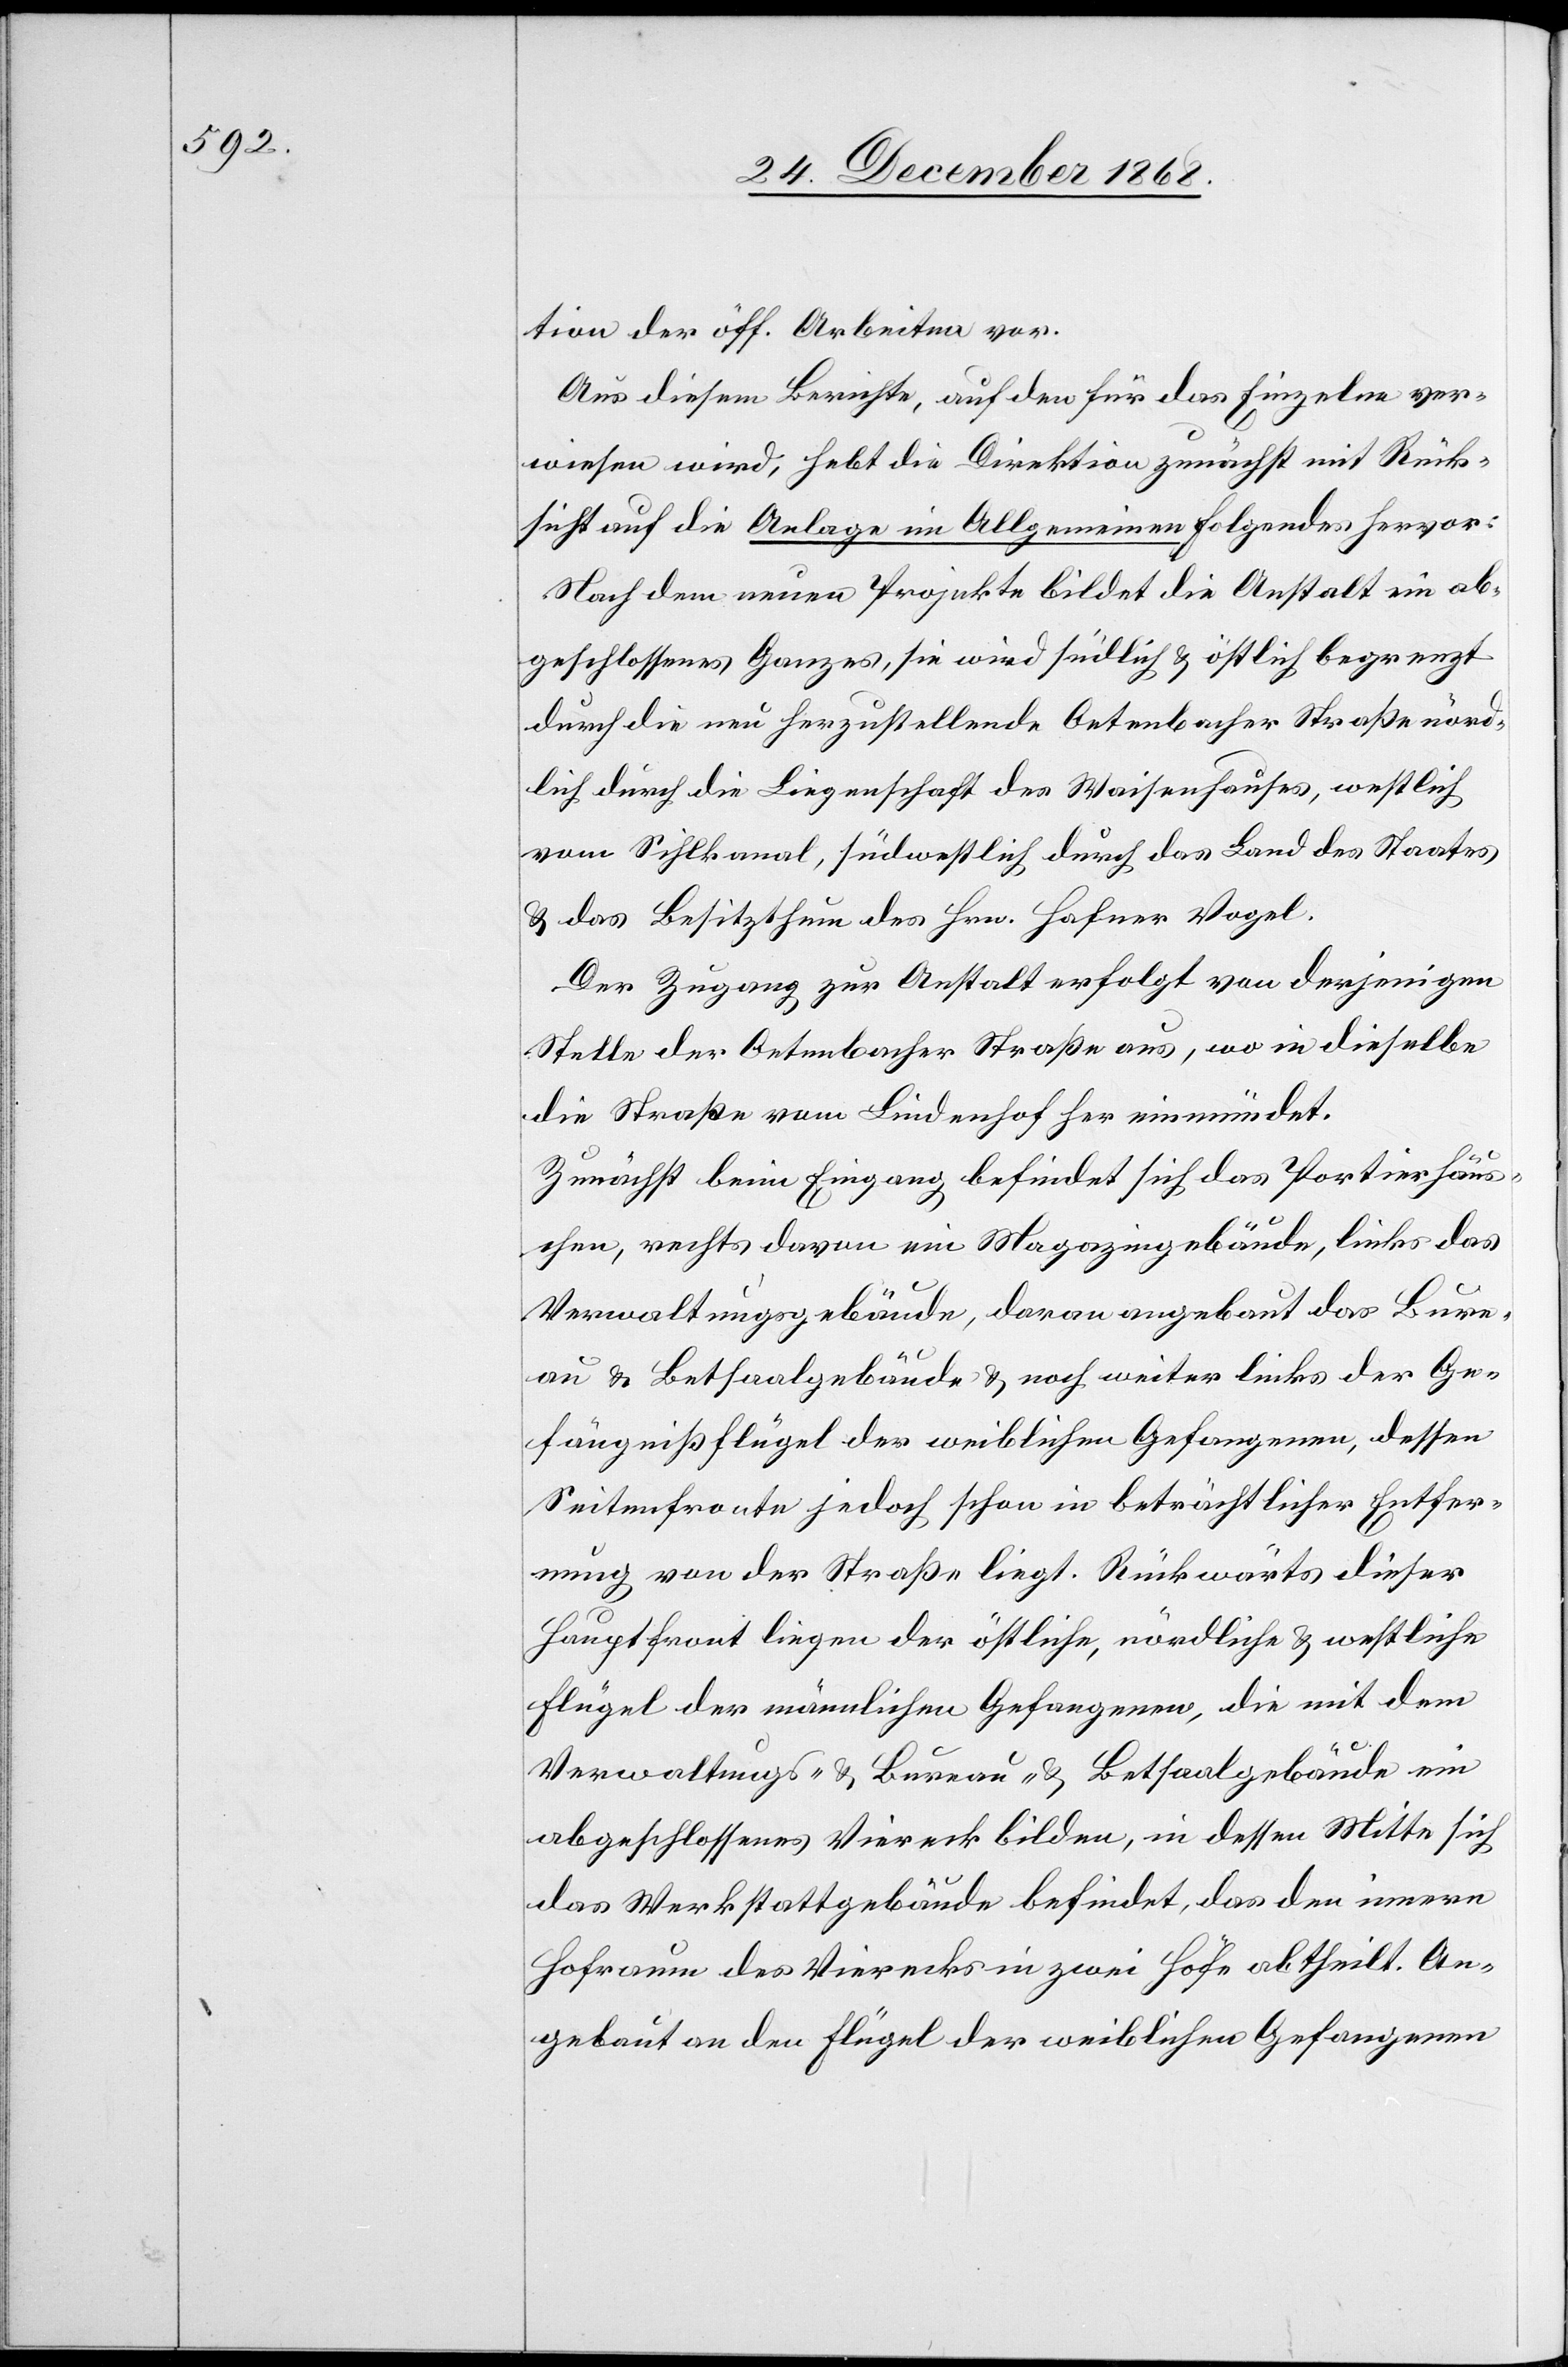
tion der öff. Arbeiten vor.
Aus diesem Berichte, auf den für das Einzelne ver¬
wiesen wird, hebt die Direktion zunächst mit Rück¬
sicht auf die Anlage im Allgemeinen Folgendes hervor:
Nach dem neuen Projekte bildet die Anstalt ein ab¬
geschlossenes Ganzes, sie wird südlich & östlich begrenzt
durch die neu herzustellende Oetenbacher Straße[,] nörd¬
lich durch die Liegenschaft des Waisenhauses, westlich
vom Sihlkanal, südwestlich durch das Land des Staates
& das Besitzthum des Hrn. Hafner Vogel.
Der Zugang zur Anstalt erfolgt von derjenigen
Stelle der Oetenbacher Straße aus, wo in dieselbe
die Straße vom Lindenhof her einmündet.
Zunächst beim Eingang befindet sich das Portierhäus¬
chen, rechts davon ein Magazingebäude, links das
Verwaltungsgebäude, daran angebaut das Bure¬
au & Betsaalgebäude & noch weiter links der Ge¬
fängnißflügel der weiblichen Gefangenen, dessen
Seitenfronte jedoch schon in beträchtlicher Entfer¬
nung von der Straße liegt. Rückwärts dieser
Hauptfront liegen der östliche, nördliche & westliche
Flügel der männlichen Gefangenen, die mit dem
Verwaltungs- & Bureau- & Betsaalgebäude ein
abgeschlossenes Viereck bilden, in dessen Mitte sich
das Werkstattgebäude befindet, das den innern
Hofraum des Vierecks in zwei Höfe abtheilt. An¬
gebaut an den Flügel der weiblichen Gefangenen